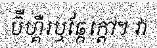
ប៊ឺហ្គឺរឬឆ្កែក្តៅ។ វា